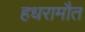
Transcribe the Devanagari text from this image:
हधरामौत